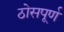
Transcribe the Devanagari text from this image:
ठोसपूर्ण